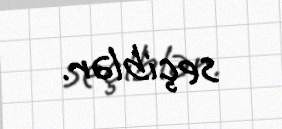
seçiblər.